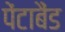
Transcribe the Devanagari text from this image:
पेंटाबैंड